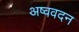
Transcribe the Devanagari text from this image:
अष्ववदन